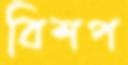
বিশপ